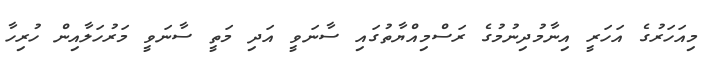
މިއަހަރުގެ އަހަރީ އިނާމުދިނުމުގެ ރަސްމިއްޔާތުގައި ސާނަވީ އަދި މަތީ ސާނަވީ މަރުހަލާއިން ހުރިހާ